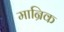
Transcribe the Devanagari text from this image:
मान्रिक